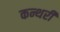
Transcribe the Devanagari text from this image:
कन्थरी